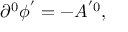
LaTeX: \partial ^ { 0 } \phi ^ { ^ { \prime } } = - A ^ { ^ { \prime } 0 } ,